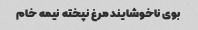
بوی ناخوشایند مرغ نپخته نیمه خام